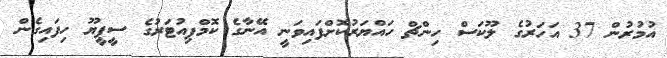
އުމުރުން 37 އަހަރުގެ ލޫކަސް ހިންޗް ހައްޔަރުކޮށްފައިވަނީ އޭނާގެ ކޮމްޕިއުޓަރުގެ ސީޕީޔޫ ހިފައިގެން